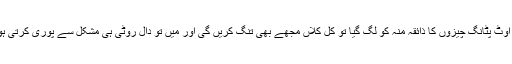
’’نہ اس کی عادتیں خراب کرو‘ اوٹ پٹانگ چیزوں کا ذائقہ منہ کو لگ گیا تو کل کلاں مجھے بھی تنگ کریں گی اور میں تو دال روٹی ہی مشکل سے پوری کرتی ہوں ‘ تم بھی بچت کی عادت ڈالو۔